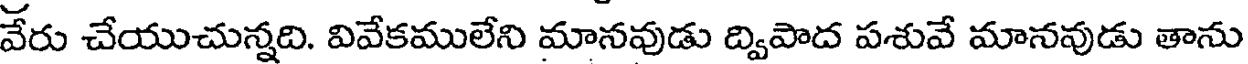
వేరు చేయుచున్నది. వివేకములేని మానవుడు ద్విపాద పశువే మానవుడు తాను